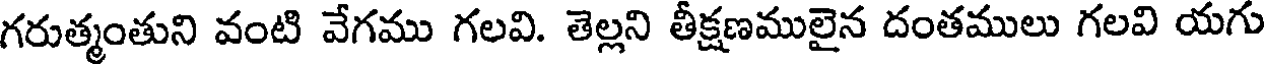
గరుత్మంతుని వంటి వేగము గలవి. తెల్లని తీక్షణములైన దంతములు గలవి యగు